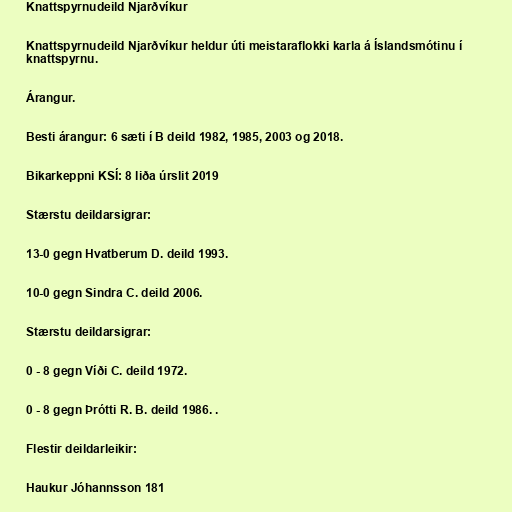
Knattspyrnudeild Njarðvíkur

Knattspyrnudeild Njarðvíkur heldur úti meistaraflokki karla á Íslandsmótinu í
knattspyrnu.

Árangur.

Besti árangur: 6 sæti í B deild 1982, 1985, 2003 og 2018.

Bikarkeppni KSÍ: 8 liða úrslit 2019

Stærstu deildarsigrar:

13-0 gegn Hvatberum D. deild 1993.

10-0 gegn Sindra C. deild 2006.

Stærstu deildarsigrar:

0 - 8 gegn Víði C. deild 1972.

0 - 8 gegn Þrótti R. B. deild 1986. .

Flestir deildarleikir:

Haukur Jóhannsson 181